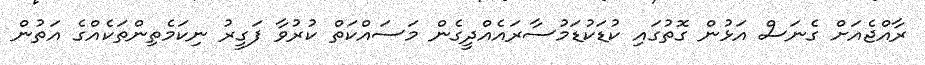
ރާއްޖެއަށް ގެނަސް އަޅުން ގޮތުގައި ކުޑަކުޑަމުސާރައެއްދީގެން މަސައްކަތް ކުރުވާ ފަގީރު ނިކަމެތިންތަކެއްގެ އަތުން